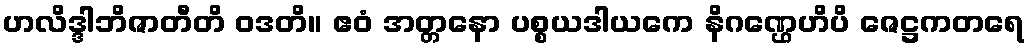
ဟလိဒ္ဒါဘိဇာတီတိ ဝဒတိ။ ဧဝံ အတ္တနော ပစ္စယဒါယကေ နိဂဏ္ဌေဟိပိ ဇေဋ္ဌကတရေ